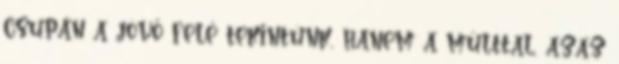
csupán a jövő felé tekintünk, hanem a múlttal, azaz